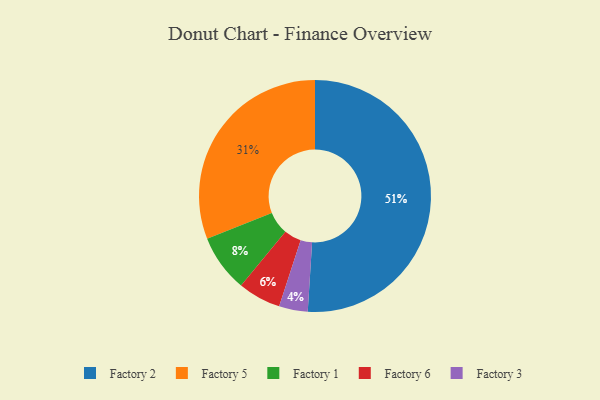
{"axis": {"x": "Category", "y": "Percentage"}, "legend": ["Factory 1", "Factory 2", "Factory 3", "Factory 5", "Factory 6"], "data": [{"x": "Factory 5", "y": 31, "type": "Factory 5"}, {"x": "Factory 6", "y": 6, "type": "Factory 6"}, {"x": "Factory 3", "y": 4, "type": "Factory 3"}, {"x": "Factory 2", "y": 51, "type": "Factory 2"}, {"x": "Factory 1", "y": 8, "type": "Factory 1"}]}